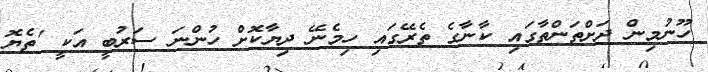
ހޫނުމިން ދަށްތަންތާގައި ކާނާގެ ތެރޭގައި ހިމެނޭ ދިޔާކޮށް ހުންނަ ސަރުބީ އަކީ 'ތެޔޮ